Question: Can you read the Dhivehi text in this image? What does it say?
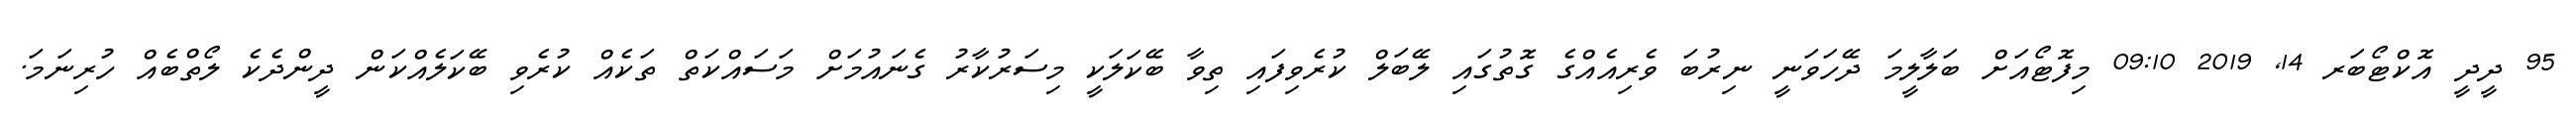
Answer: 95 ދީދީ އޮކްޓޯބަރ 14, 2019 09:10 މިފޮޓޯއަށް ބަލާލީމަ ދޭހަވަނީ ނިރުބަ ވެރިއެއްގެ ގޮތުގައި ލޭބަލް ކުރެވިފައި ތިވާ ބޭކަލަކީ މިސަރުކާރު ގެނައުމަށް މަސައްކަތް ތަކެއް ކުރެވި ބޭކަލެއްކަން ދީންދެކެ ލޯތްބެއް ހުރިނަމަ.